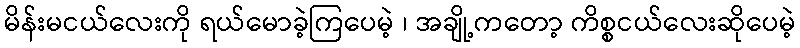
မိန်းမငယ်လေးကို ရယ်မောခဲ့ကြပေမဲ့ ၊ အချို့ကတော့ ကိစ္စငယ်လေးဆိုပေမဲ့